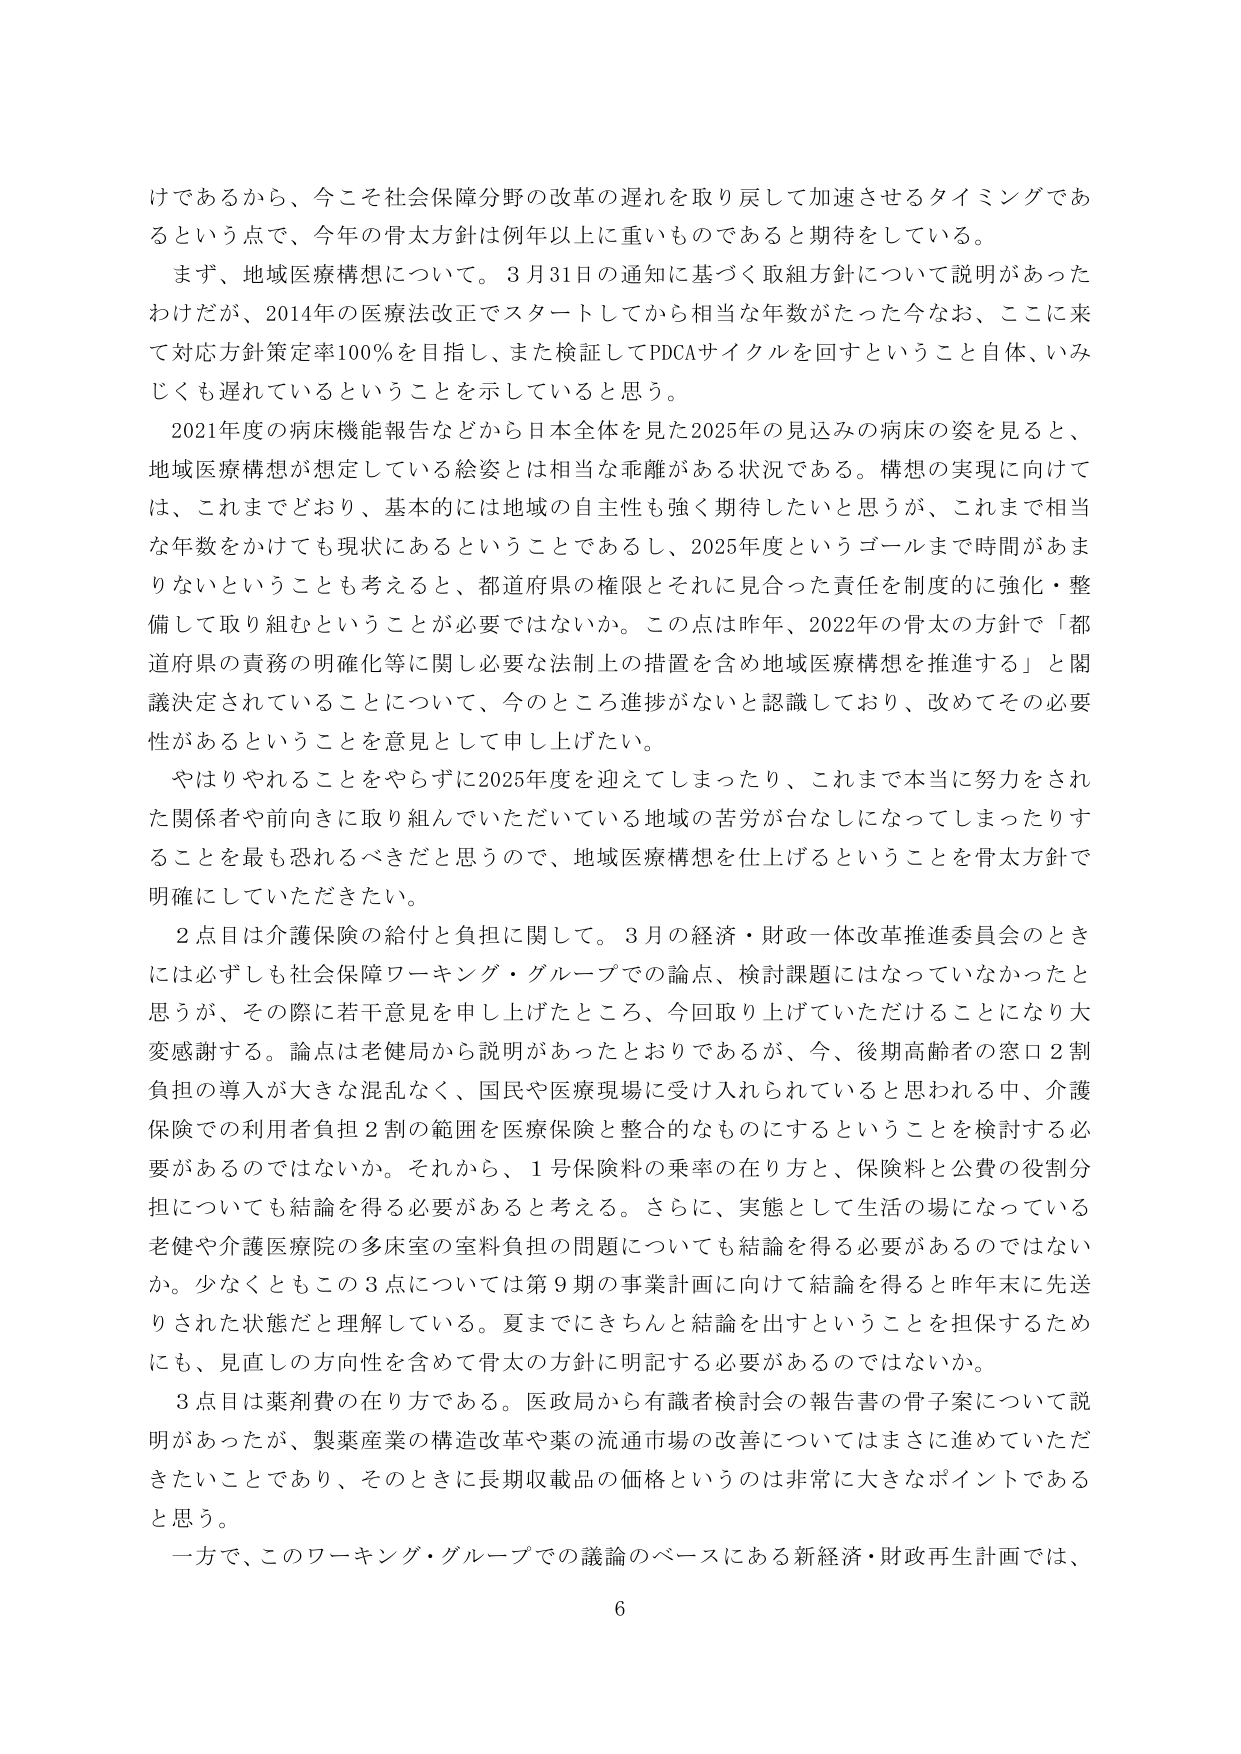
けであるから、今こそ社会保障分野の改革の遅れを取り戻して加速させるタイミングであるという点で、今年の骨太方針は例年以上に重いものであると期待をしている。

まず、地域医療構想について。3月31日の通知に基づく取組方針について説明があったわけだが、2014年の医療法改正でスタートしてから相当な年数がたった今なお、ここに来て対応方針策定率100％を目指し、また検証してPDCAサイクルを回すということ自体、いみじくも遅れているということを示していると思う。

2021年度の病床機能報告などから日本全体を見た2025年の見込みの病床の姿を見ると、地域医療構想が想定している総姿とは相当な乖離がある状況である。構想の実現に向けては、これまでどおり、基本的には地域の自主性も強く期待したいと思うが、これまで相当な年数をかけても現状にあるということであるし、2025年度というゴールまで時間があまりないということも考えると、都道府県の権限とそれに見合った責任を制度的に強化・整備して取り組むということが必要ではないか。この点は昨年、2022年の骨太の方針で「都道府県の責務の明確化等に関し必要な法制上の措置を含め地域医療構想を推進する」と閣議決定されていることについて、今のところ進捗がないと認識しており、改めてその必要性があるということを意見として申し上げたい。

やはりやれることをやらずに2025年度を迎えてしまったり、これまで本当に努力をされた関係者や前向きに取り組んでいただいている地域の苦労が台なしになってしまったりすることを最も恐れるべきだと思うので、地域医療構想を仕上げるということを骨太方針で明確にしていただきたい。

2点目は介護保険の給付と負担に関して。3月の経済・財政一体改革推進委員会のときには必ずしも社会保障ワーキング・グループでの論点、検討課題にはなっていなかったと思うが、その際に若干意見を申し上げたところ、今回取り上げていただけることになり大変感謝する。論点は老健局から説明があったとおりであるが、今、後期高齢者の窓口2割負担の導入が大きな混乱なく、国民や医療現場に受け入れられていると思われる中、介護保険での利用者負担2割の範囲を医療保険と整合的なものにするということを検討する必要があるのではないか。それから、1号保険料の乗率の在り方と、保険料と公費の役割分担についても結論を得る必要があると考える。さらに、実態として生活の場になっている老健や介護医療院の多床室の室料負担の問題についても結論を得る必要があるのではないか。少なくともこの3点については第9期の事業計画に向けて結論を得ると昨年末に先送りされた状態だと理解している。夏までにきちんと結論を出すということを担保するためにも、見直しの方向性を含めて骨太の方針に明記する必要があるのではないか。

3点目は薬剤費の在り方である。医政局から有識者検討会の報告書の骨子案について説明があったが、製薬産業の構造改革や薬の流通市場の改善についてはまさに進めていただきたいことであり、そのときに長期収載品の価格というのは非常に大きなポイントであると思う。

一方で、このワーキング・グループでの議論のベースにある新経済・財政再生計画では、

6